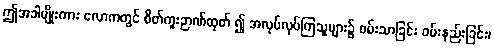
ဤအခါမျိုးကား လောကတွင် စိတ်ကူးဉာဏ်ထုတ် ၍ အလုပ်လုပ်ကြသူများ၌ ဝမ်းသာခြင်း ဝမ်းနည်းခြင်း၊